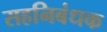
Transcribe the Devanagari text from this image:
सहनिबंधक